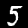
Label: 5